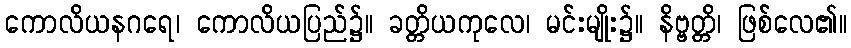
ကောလိယနဂရေ၊ ကောလိယပြည်၌။ ခတ္တိယကုလေ၊ မင်းမျိုး၌။ နိဗ္ဗတ္တိ၊ ဖြစ်လေ၏။